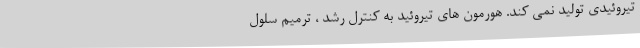
تیروئیدی تولید نمی کند. هورمون های تیروئید به کنترل رشد ، ترمیم سلول